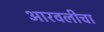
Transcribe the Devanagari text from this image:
आरवलीचा